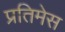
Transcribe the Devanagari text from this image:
प्रतिमेस